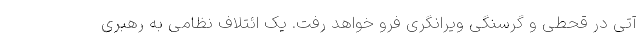
آتی در قحطی و گرسنگی ویرانگری فرو خواهد رفت. یک ائتلاف نظامی به رهبری